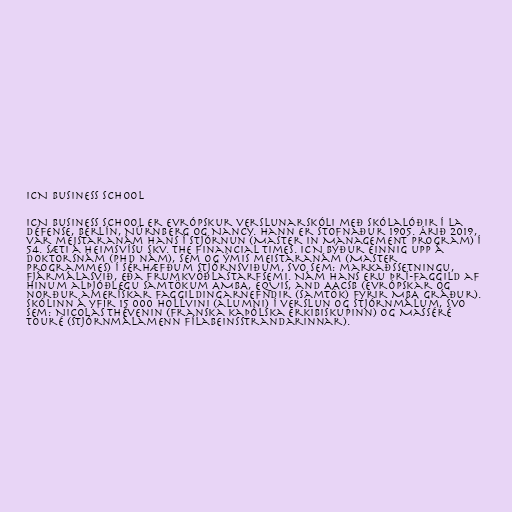
ICN Business School

ICN Business School er evrópskur verslunarskóli með skólalóðir í La
Défense, Berlín, Nürnberg og Nancy. Hann er stofnaður 1905. Árið 2019,
var meistaranám hans í stjórnun (Master in Management program) í
54. sæti á heimsvísu skv. The Financial Times. ICN býður einnig upp á
doktorsnám (PhD nám), sem og ýmis meistaranám (Master
programmes) í sérhæfðum stjórnsviðum, svo sem: markaðssetningu,
fjármálasvið, eða frumkvöðlastarfsemi. Nám hans eru þrí-faggild af
hinum alþjóðlegu samtökum AMBA, EQUIS, and AACSB (evrópskar og
norður amerískar faggildingarnefndir (samtök) fyrir MBA gráður).
Skólinn á yfir 15 000 hollvini (alumni) í verslun og stjórnmálum, svo
sem: Nicolas Thévenin (Franska kaþólska erkibiskupinn) og Masséré
Touré (Stjórnmálamenn Fílabeinsstrandarinnar).